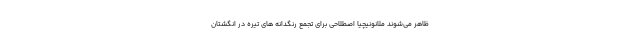
ظاهر می‌شوند ملانونیچیا اصطلاحی برای تجمع رنگدانه های تیره در انگشتان